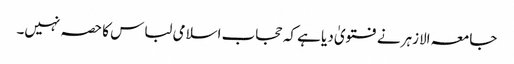
جامعہ الازہر نے فتویٰ دیا ہے کہ حجاب اسلامی لباس کا حصہ نہیں۔